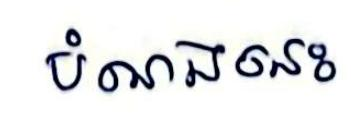
បំណងនេះ